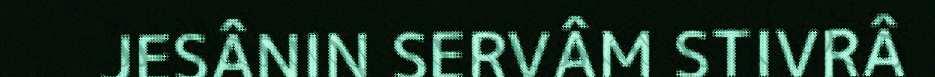
JESÂNIN SERVÂM STIVRÂ